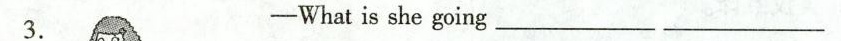
3. ——What is she going___ ___